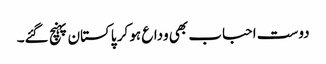
دوست احباب بھی وداع ہو کر پاکستان پہنچ گئے۔